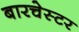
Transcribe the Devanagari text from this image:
बारचेस्टर